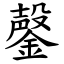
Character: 鏧